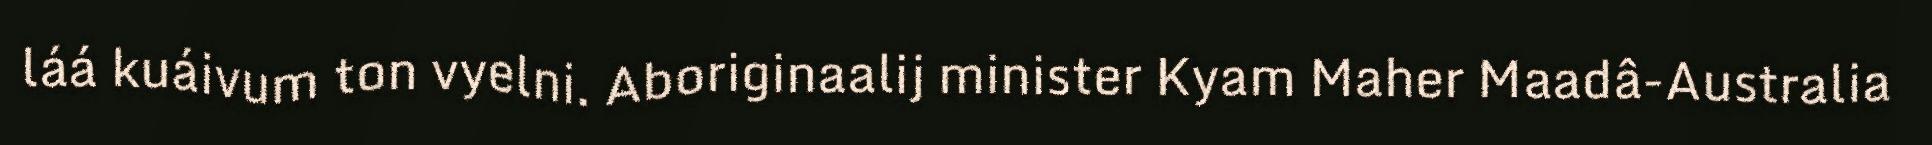
láá kuáivum ton vyelni. Aboriginaalij minister Kyam Maher Maadâ-Australia